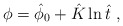
\begin{align*}\phi = \hat{\phi}_0 + \hat{K} \ln \hat{t} \ ,\end{align*}